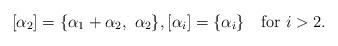
LaTeX: \begin{align*}[\alpha_{2}]=\{\alpha_{1}+\alpha_{2},\ \alpha_{2}\},[\alpha_{i}]=\{\alpha_{i}\}\quad\mathrm{for}\ i>2.\end{align*}